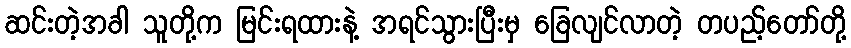
ဆင်းတဲ့အခါ သူတို့က မြင်းရထားနဲ့ အရင်သွားပြီးမှ ခြေလျင်လာတဲ့ တပည့်တော်တို့